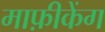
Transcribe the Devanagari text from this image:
माफ़ीकेंग